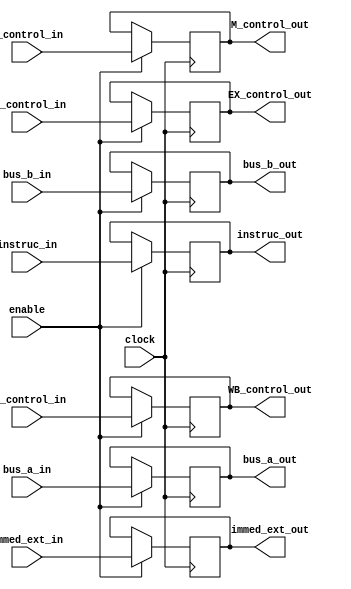
`timescale 1ns / 1ps
//////////////////////////////////////////////////////////////////////////////////
// Company: 
// Engineer: 
// 
// Design Name: 
// Module Name:    ID_EX 
// Project Name: 
// Target Devices: 
// Tool versions: 
// Description: 
//
// Dependencies: 
//
// Revision: 
// Revision 0.01 - File Created
// Additional Comments: 
//
//////////////////////////////////////////////////////////////////////////////////
module ID_EX(  
							input clock,
							input enable,
							input [3:0] EX_control_in,
							input [1:0] M_control_in,
							input [1:0] WB_control_in,
							input [31:0] bus_a_in,
							input [31:0] bus_b_in,
							input [31:0] immed_ext_in,
							input [31:0] instruc_in,
							output reg [3:0] EX_control_out,
							output reg [1:0] M_control_out,
							output reg [1:0] WB_control_out,
							output reg [31:0] bus_a_out,
							output reg [31:0] bus_b_out,
							output reg [31:0] immed_ext_out,
							output reg [31:0] instruc_out
							);
							
initial EX_control_out=0;
initial M_control_out=0;
initial WB_control_out=0;
initial bus_a_out=0;
initial bus_b_out=0;
initial immed_ext_out=0;
initial instruc_out=0;
					
always@(posedge clock)
	begin
		if(enable)
			begin
				EX_control_out <= EX_control_in;
				M_control_out <= M_control_in;
				WB_control_out <= WB_control_in;
				bus_a_out <= bus_a_in;
				bus_b_out <= bus_b_in;
				immed_ext_out <= immed_ext_in;
				instruc_out <= instruc_in;
			end
		else
			begin
				EX_control_out <= EX_control_out;
				M_control_out <= M_control_out;
				WB_control_out <= WB_control_out;
				bus_a_out <= bus_a_out;
				bus_b_out <= bus_b_out;
				immed_ext_out <= immed_ext_out;
				instruc_out <= instruc_out;
			end
	end
endmodule